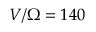
V / \Omega = 1 4 0